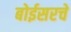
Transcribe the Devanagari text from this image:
बोईसरचे